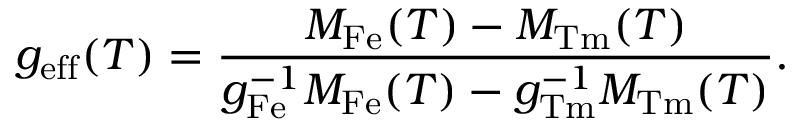
g _ { \mathrm { e f f } } ( T ) = \frac { M _ { \mathrm { F e } } ( T ) - M _ { \mathrm { T m } } ( T ) } { g _ { \mathrm { F e } } ^ { - 1 } M _ { \mathrm { F e } } ( T ) - g _ { \mathrm { T m } } ^ { - 1 } M _ { \mathrm { T m } } ( T ) } .